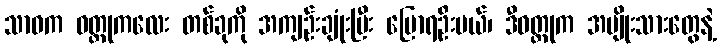
သာဓက ဝတ္ထုကလေး တစ်ခုကို အကျဉ်းချုံးပြီး ပြောရဦးမယ်၊ ဒီဝတ္ထုက အမျိုးသားတွေနဲ့